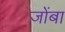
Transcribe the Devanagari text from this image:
जोंबा